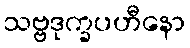
သဗ္ဗဒုက္ခပဟီနော